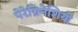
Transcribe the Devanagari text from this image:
पेरेग्रिनेशियो